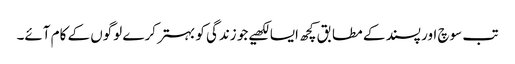
تب سوچ اور پسند کے مطابق کچھ ایسا لکھیے جو زندگی کو بہتر کرے لوگوں کے کام آئے۔